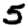
Digit: 5